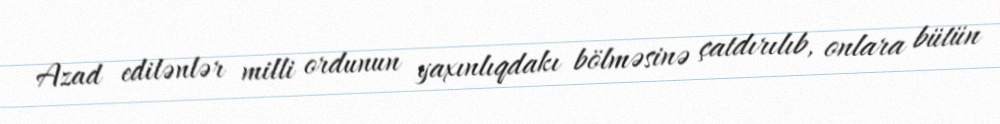
Azad edilənlər milli ordunun yaxınlıqdakı bölməsinə çatdırılıb, onlara bütün